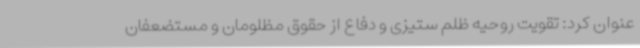
عنوان کرد: تقویت روحیه ظلم ستیزی و دفاع از حقوق مظلومان و مستضعفان